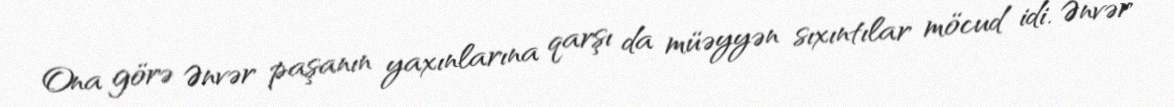
Ona görə Ənvər paşanın yaxınlarına qarşı da müəyyən sıxıntılar möcud idi. Ənvər